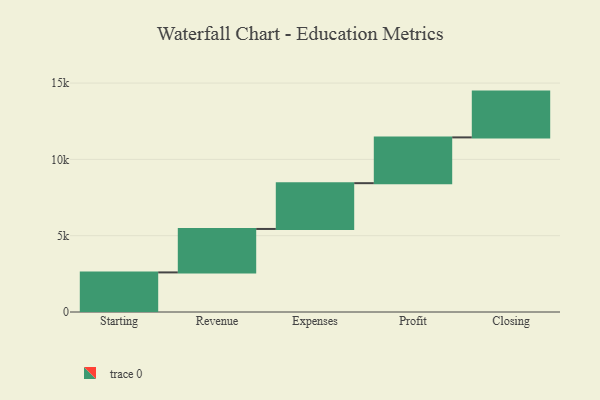
{"axis": {"x": "Step", "y": "Value"}, "legend": [""], "data": [{"x": "Starting", "y": 2594.0, "type": ""}, {"x": "Revenue", "y": 2847.0, "type": ""}, {"x": "Expenses", "y": 3000, "type": ""}, {"x": "Profit", "y": 3000, "type": ""}, {"x": "Closing", "y": 3000, "type": ""}]}